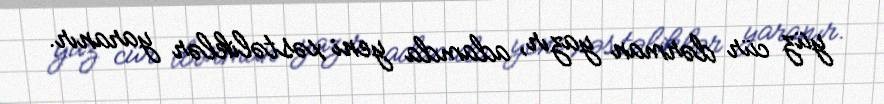
yüz cür dərman yazır, adamda yeni xəstəliklər yaranır.